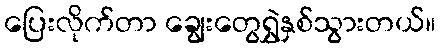
ပြေးလိုက်တာ ချွေးတွေရွှဲနှစ်သွားတယ်။